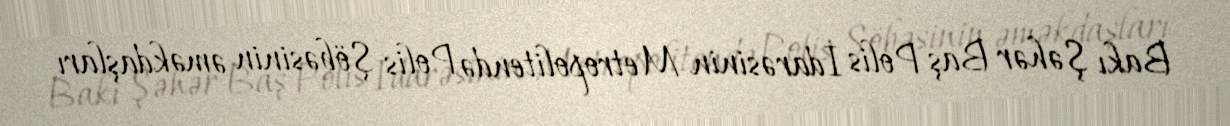
Bakı Şəhər Baş Polis İdarəsinin Metropolitendə Polis Şöbəsinin əməkdaşları